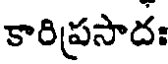
కారిప్రసాదః